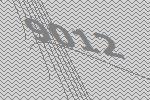
9012